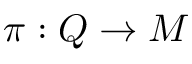
\pi : Q \rightarrow M